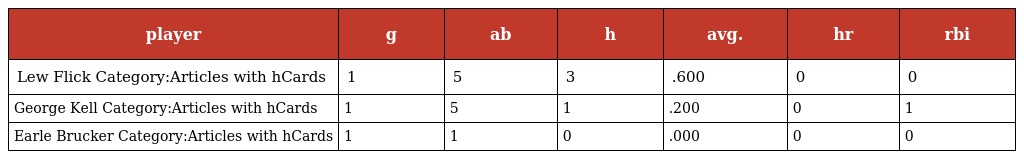
| player | g | ab | h | avg. | hr | rbi |
 | --- | --- | --- | --- | --- | --- | --- |
 | Lew Flick Category:Articles with hCards | 1 | 5 | 3 | .600 | 0 | 0 |
 | George Kell Category:Articles with hCards | 1 | 5 | 1 | .200 | 0 | 1 |
 | Earle Brucker Category:Articles with hCards | 1 | 1 | 0 | .000 | 0 | 0 |